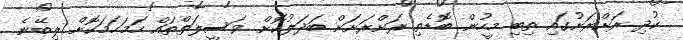
ކުދި ރަށްރަށުގައި ތިބި މީހުން ބޮޑެތި ރަށްރަށަށް ބަދަލުކޮށް ވަސީލަތްތައް ހަމަހަމަކޮށް ލިބޭނެ